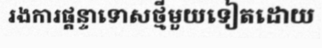
រងការផ្តន្ទាទោសថ្មីមួយទៀតដោយ